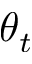
\theta _ { t }